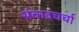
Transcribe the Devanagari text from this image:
संवादचर्चा